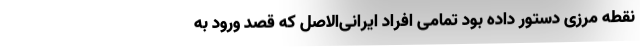
نقطه مرزی دستور داده بود تمامی افراد ایرانی‌الاصل که قصد ورود به